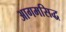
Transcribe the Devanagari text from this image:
आगमसिद्ध